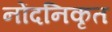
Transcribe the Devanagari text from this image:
नोंदनिकृत